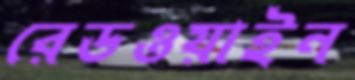
রেডওয়াইন